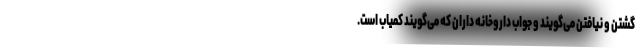
گشتن و نیافتن می‌گویند و جواب داروخانه‌ داران که می‌گویند کمیاب است.